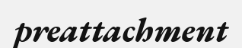
preattachment